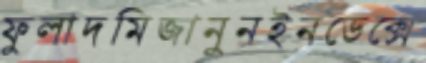
ফুলাদমিজানুনইনডেক্সে